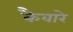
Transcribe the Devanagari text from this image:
कैवारे